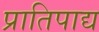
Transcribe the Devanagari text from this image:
प्रातिपाद्य